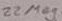
Text: 22Meg